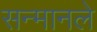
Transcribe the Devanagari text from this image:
सन्मानले